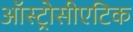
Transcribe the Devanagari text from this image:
ऑस्ट्रोसीएटिक